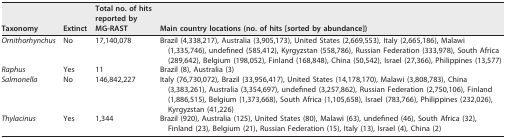
| Taxonomy | Extinct | Total no. of hits reported by MG-RAST | Main country locations (no. of hits [sorted by abundance]) |
 | --- | --- | --- | --- |
 | Ornithorhynchus | No | 17,140,078 | Brazil (4,338,217), Australia (3,905,173), United States (2,669,553), Italy (2,665,186), Malawi (1,335,746), undefined (585,412), Kyrgyzstan (558,786), Russian Federation (333,978), South Africa (289,642), Belgium (198,052), Finland (168,848), China (50,542), Israel (27,366), Philippines (13,577) |
 | Raphus | Yes | 11 | Brazil (8), Australia (3) |
 | Salmonella | No | 146,842,227 | Italy (76,730,072), Brazil (33,956,417), United States (14,178,170), Malawi (3,808,783), China (3,383,261), Australia (3,354,697), undefined (3,257,862), Russian Federation (2,750,106), Finland (1,886,515), Belgium (1,373,668), South Africa (1,105,658), Israel (783,766), Philippines (232,026), Kyrgyzstan (41,226) |
 | Thylacinus | Yes | 1,344 | Brazil (920), Australia (125), United States (80), Malawi (63), undefined (46), South Africa (32), Finland (23), Belgium (21), Russian Federation (15), Italy (13), Israel (4), China (2) |